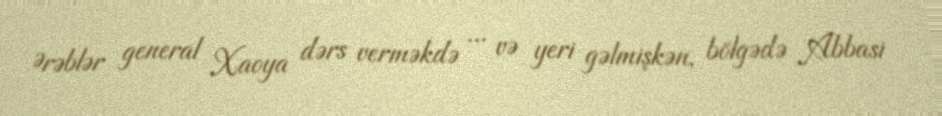
Ərəblər general Xaoya dərs verməkdə ... və yeri gəlmişkən, bölgədə Abbasi